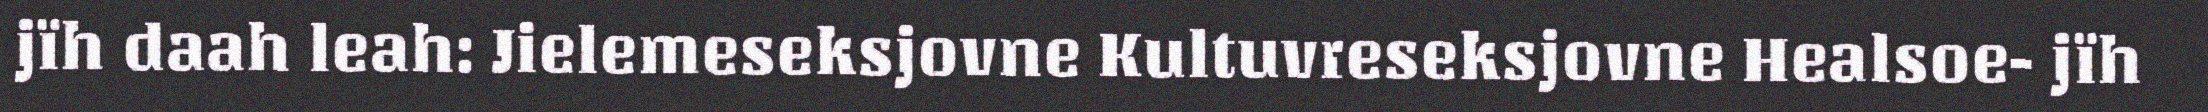
jïh daah leah: Jielemeseksjovne Kultuvreseksjovne Healsoe- jïh